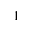
^ { 1 }